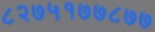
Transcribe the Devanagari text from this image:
८२७५१७७८७७